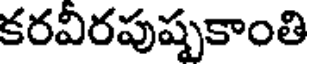
కరవీరపుష్పకాంతి